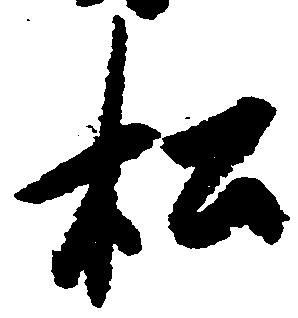
松